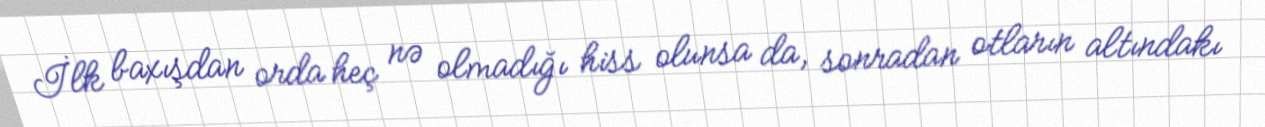
İlk baxışdan orda heç nə olmadığı hiss olunsa da, sonradan otların altındakı